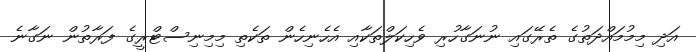
އަދި މިމުމައްދަތުގެ ތެރޭގައި ނުނަގާހުރި ވެހިކަލްތަކާއި އެހެނިހެން ތަކެތި މިމިނިސްޓްރީގެ ފަރާތުން ނަގާނެ